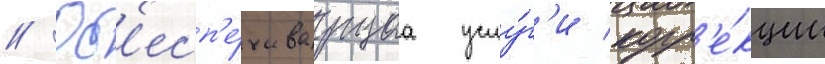
// Об'есп'е́чиваущаа услу́г'и корр'е́кции